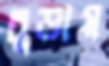
চূড়ায়